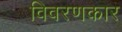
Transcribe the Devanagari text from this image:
विवरणकार